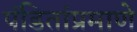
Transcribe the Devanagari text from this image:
पंडितांप्रमाणे